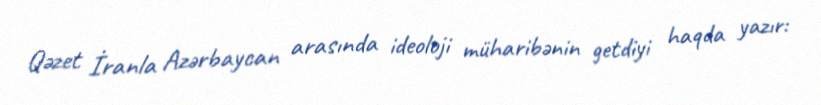
Qəzet İranla Azərbaycan arasında ideoloji müharibənin getdiyi haqda yazır: